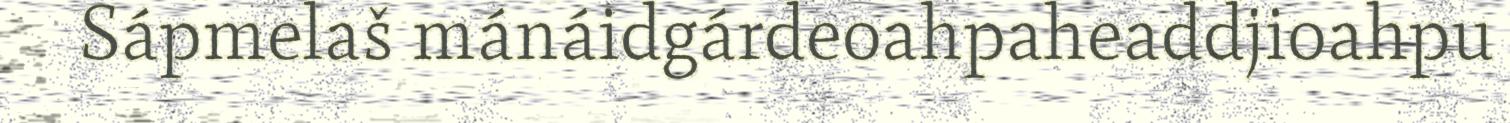
Sápmelaš mánáidgárdeoahpaheaddjioahpu